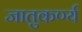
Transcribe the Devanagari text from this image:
जातुकर्ण्य